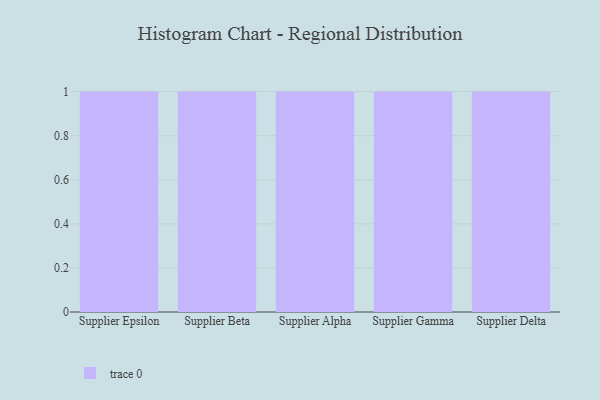
{"axis": {"x": "Supplier", "y": "Satisfaction Score"}, "legend": [""], "data": [{"x": "Supplier Epsilon", "y": 45, "type": ""}, {"x": "Supplier Beta", "y": 67, "type": ""}, {"x": "Supplier Alpha", "y": 90, "type": ""}, {"x": "Supplier Gamma", "y": 3, "type": ""}, {"x": "Supplier Delta", "y": 32, "type": ""}]}